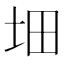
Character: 𡊰